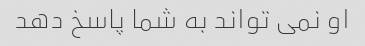
او نمی تواند به شما پاسخ دهد